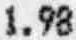
1.98